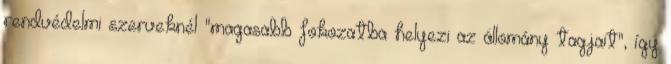
rendvédelmi szerveknél "magasabb fokozatba helyezi az állomány tagjait", így